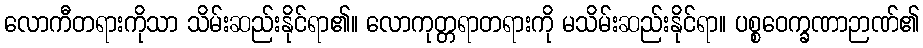
လောကီတရားကိုသာ သိမ်းဆည်းနိုင်ရာ၏။ လောကုတ္တရာတရားကို မသိမ်းဆည်းနိုင်ရာ။ ပစ္စဝေက္ခဏာဉာဏ်၏